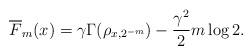
LaTeX: \begin{align*}\overline{F}_m(x)=\gamma \Gamma(\rho_{x,2^{-m}})-\frac{\gamma^2}{2} m\log 2.\end{align*}